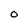
Character: 0